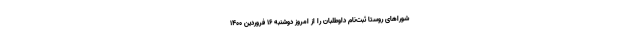
شوراهای روستا ثبت‌نام داوطلبان را از امروز دوشنبه ۱۶ فروردین ۱۴۰۰